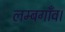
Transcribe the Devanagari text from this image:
लम्बगाँव।